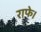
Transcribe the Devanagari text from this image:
राफे।